Civil Veterinary Dept. Assam report 1927-50 - 1927-1950
Year: 1927
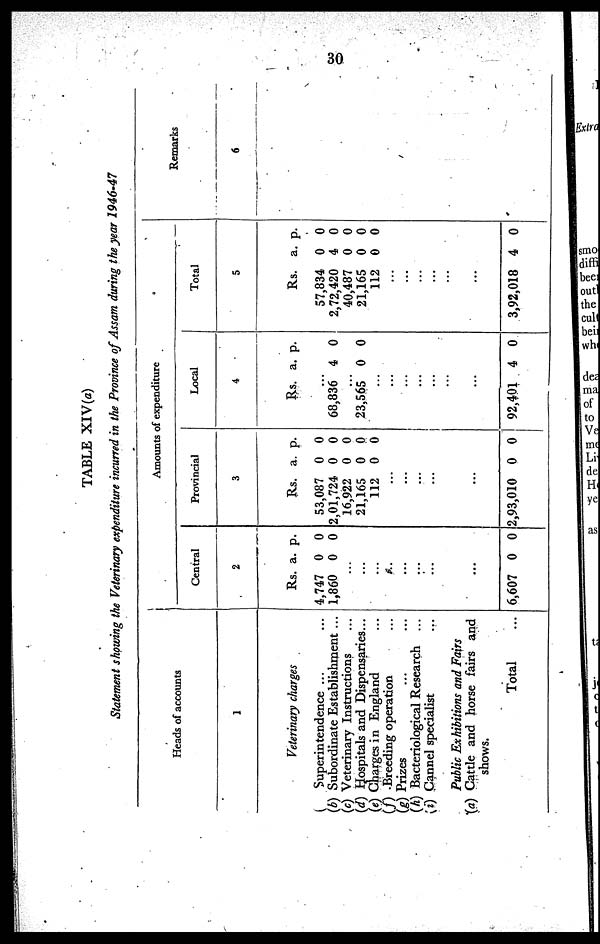
30
TABLE XIV(a)
Statement showing the Veterinary expenditure incurred in the Province of Assam during the year 1946-47
Heads of accounts
1
Veterinary charges
Superintendence ... ...
(b) Subordinate Establishment ...
(c) Veterinary Instructions ...
(d) Hospitals and Dispensaries...
(e) Charges in England ...
(f) Breeding operation ...
(g) Prizes ... ...
(h) Bacteriological Research ...
(i) Cannel specialist ...
Public Exhibitions and Fairs
(a) Cattle and horse fairs and
shows.
Total ...
Amounts of expenditure
Central
2
Rs.
4,747
1,860
...
...
...
...
...
...
...
...
6,607
a.
0
0
0
p.
0
0
0
Provincial
3
Rs.
53,087
2,01,724
16,922
21,165
112
...
...
...
...
...
2,93,010
a.
0
0
0
0
0
0
p.
0
0
0
0
0
0
Local
4
Rs.
...
68,836
...
23,565
...
...
...
...
...
...
92,401
a.
4
0
4
p.
0
0
0
Total
5
Rs.
57,834
2,72,420
40,487
21,165
112
...
...
...
...
...
3,92,018
a.
0
4
0
0
0
4
p.
0
0
0
0
0
0
Remarks
6